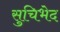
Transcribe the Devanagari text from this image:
सुचिभेद